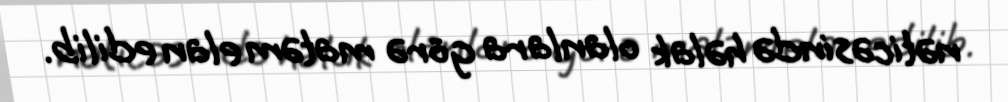
nəticəsində həlak olanlara görə matəm elan edilib.